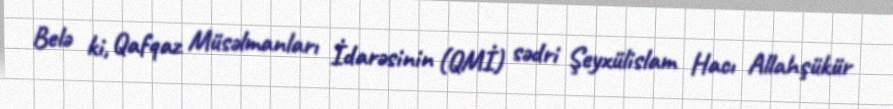
Belə ki, Qafqaz Müsəlmanları İdarəsinin (QMİ) sədri Şeyxülislam Hacı Allahşükür